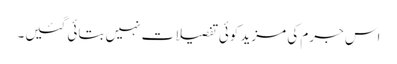
اس جرم کی مزید کوئی تفصیلات نہیں بتائی گئیں۔